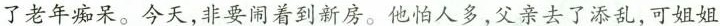
了老年痴呆。今天,非要闹着到新房。他怕人多,父亲去了添乱,可姐姐